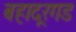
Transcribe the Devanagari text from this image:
बहादूरगड